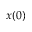
x ( 0 )